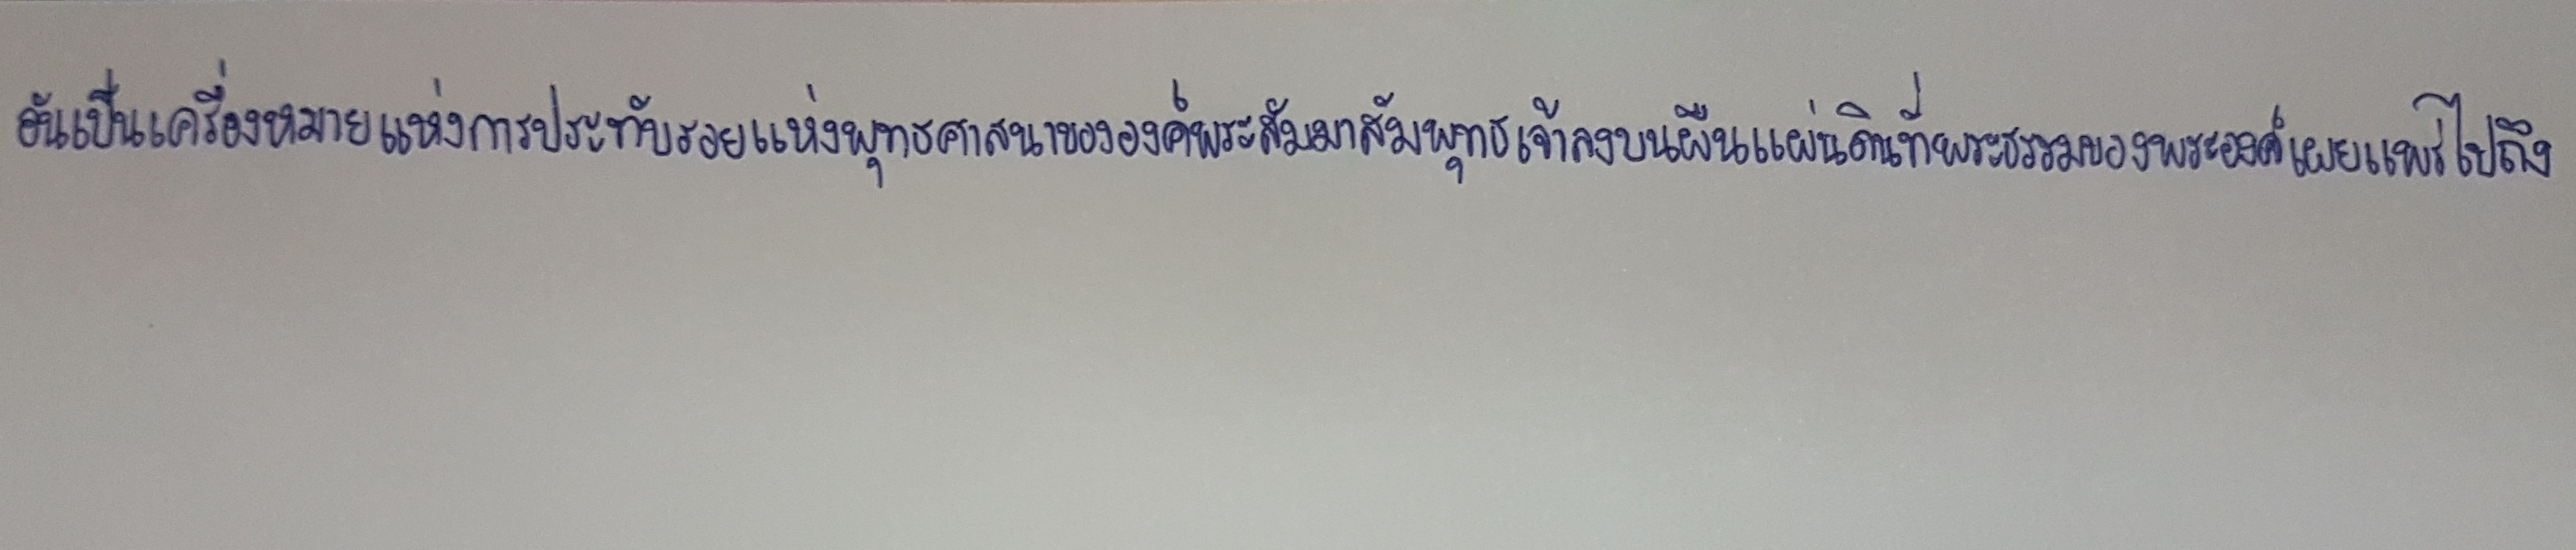
อันเป็นเครื่องหมายแห่งการประทับรอยแห่งพุทธศาสนาขององค์พระสัมมาสัมพุทธเจ้าลงบนผืนแผ่นดินที่พระธรรมของพระองค์เผยแพร่ไปถึง